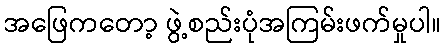
အဖြေကတော့ ဖွဲ့စည်းပုံအကြမ်းဖက်မှုပါ။